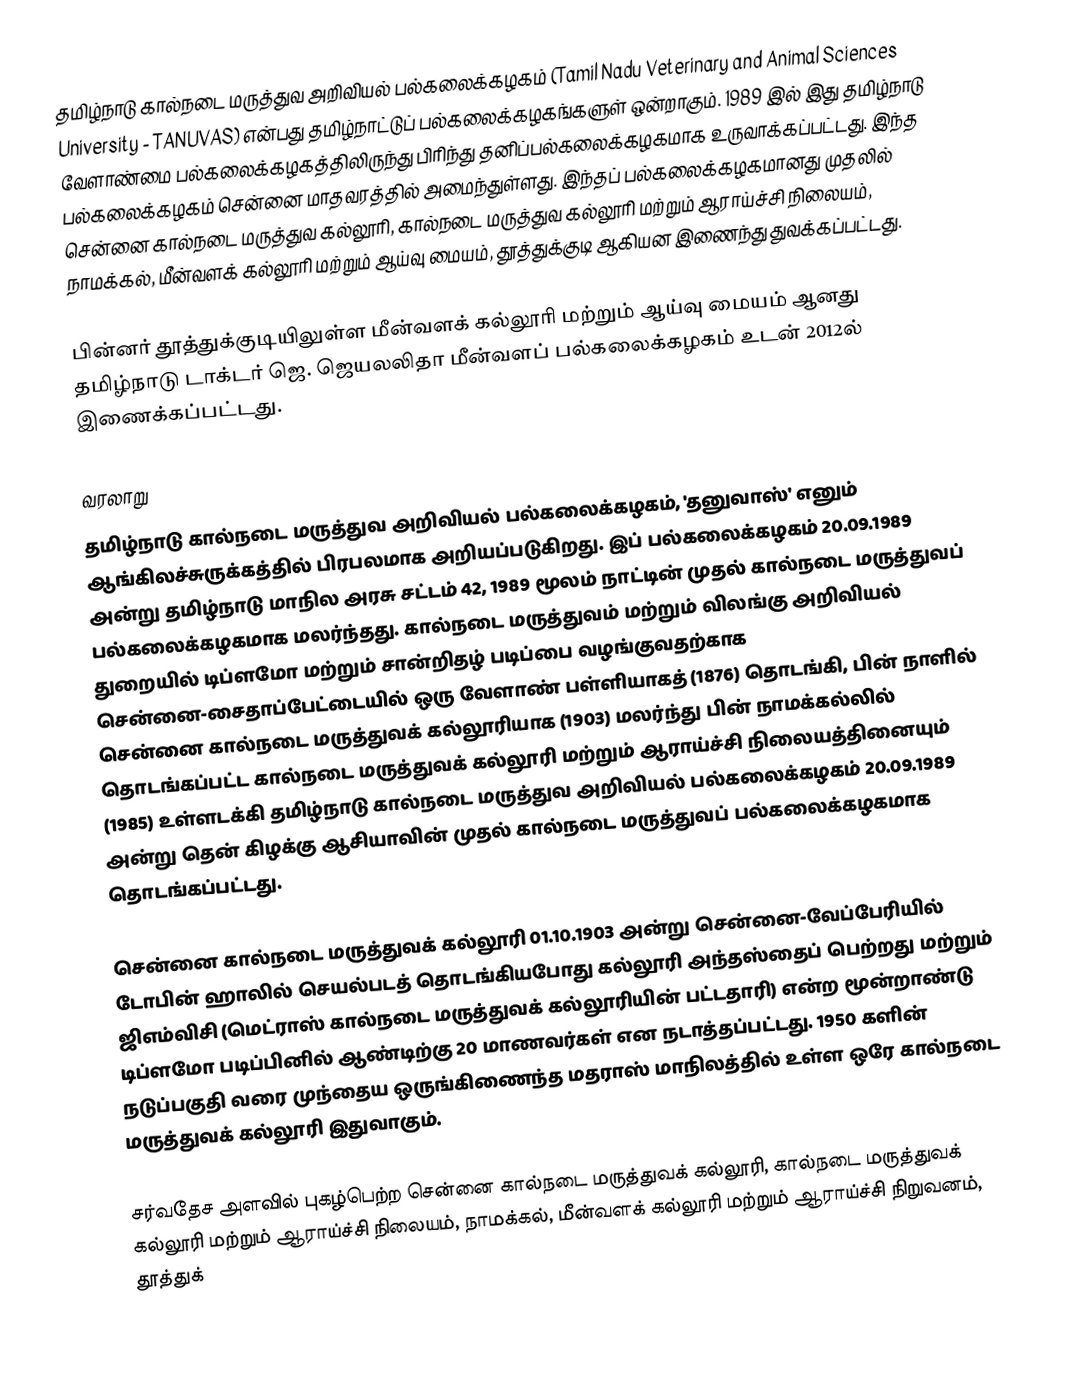
தமிழ்நாடு கால்நடை மருத்துவ அறிவியல் பல்கலைக்கழகம் (Tamil Nadu Veterinary and Animal Sciences University - TANUVAS) என்பது தமிழ்நாட்டுப் பல்கலைக்கழகங்களுள் ஒன்றாகும். 1989 இல் இது தமிழ்நாடு வேளாண்மை பல்கலைக்கழகத்திலிருந்து பிரிந்து தனிப்பல்கலைக்கழகமாக உருவாக்கப்பட்டது. இந்த பல்கலைக்கழகம் சென்னை மாதவரத்தில் அமைந்துள்ளது. இந்தப் பல்கலைக்கழகமானது முதலில் சென்னை கால்நடை மருத்துவ கல்லூரி, கால்நடை மருத்துவ கல்லூரி மற்றும் ஆராய்ச்சி நிலையம், நாமக்கல், மீன்வளக் கல்லூரி மற்றும் ஆய்வு மையம், தூத்துக்குடி ஆகியன இணைந்து துவக்கப்பட்டது.

பின்னர் தூத்துக்குடியிலுள்ள மீன்வளக் கல்லூரி மற்றும் ஆய்வு மையம் ஆனது தமிழ்நாடு டாக்டர் ஜெ. ஜெயலலிதா மீன்வளப் பல்கலைக்கழகம் உடன் 2012ல் இணைக்கப்பட்டது.

வரலாறு
தமிழ்நாடு கால்நடை மருத்துவ அறிவியல் பல்கலைக்கழகம், 'தனுவாஸ்' எனும் ஆங்கிலச்சுருக்கத்தில் பிரபலமாக அறியப்படுகிறது. இப் பல்கலைக்கழகம் 20.09.1989 அன்று தமிழ்நாடு மாநில அரசு சட்டம் 42, 1989 மூலம் நாட்டின் முதல் கால்நடை மருத்துவப் பல்கலைக்கழகமாக மலர்ந்தது. கால்நடை மருத்துவம் மற்றும் விலங்கு அறிவியல் துறையில் டிப்ளமோ மற்றும் சான்றிதழ் படிப்பை வழங்குவதற்காக சென்னை-சைதாப்பேட்டையில் ஒரு வேளாண் பள்ளியாகத் (1876) தொடங்கி, பின் நாளில் சென்னை கால்நடை மருத்துவக் கல்லூரியாக (1903) மலர்ந்து பின் நாமக்கல்லில் தொடங்கப்பட்ட கால்நடை மருத்துவக் கல்லூரி மற்றும் ஆராய்ச்சி நிலையத்தினையும் (1985) உள்ளடக்கி தமிழ்நாடு கால்நடை மருத்துவ அறிவியல் பல்கலைக்கழகம் 20.09.1989 அன்று தென் கிழக்கு ஆசியாவின் முதல் கால்நடை மருத்துவப் பல்கலைக்கழகமாக தொடங்கப்பட்டது.

சென்னை கால்நடை மருத்துவக் கல்லூரி 01.10.1903 அன்று சென்னை-வேப்பேரியில் டோபின் ஹாலில் செயல்படத் தொடங்கியபோது கல்லூரி அந்தஸ்தைப் பெற்றது மற்றும் ஜிஎம்விசி (மெட்ராஸ் கால்நடை மருத்துவக் கல்லூரியின் பட்டதாரி) என்ற மூன்றாண்டு டிப்ளமோ படிப்பினில் ஆண்டிற்கு 20 மாணவர்கள் என நடாத்தப்பட்டது. 1950 களின் நடுப்பகுதி வரை முந்தைய ஒருங்கிணைந்த மதராஸ் மாநிலத்தில் உள்ள ஒரே கால்நடை மருத்துவக் கல்லூரி இதுவாகும்.

சர்வதேச அளவில் புகழ்பெற்ற சென்னை கால்நடை மருத்துவக் கல்லூரி, கால்நடை மருத்துவக் கல்லூரி மற்றும் ஆராய்ச்சி நிலையம், நாமக்கல், மீன்வளக் கல்லூரி மற்றும் ஆராய்ச்சி நிறுவனம், தூத்துக்